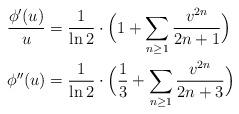
LaTeX: \begin{align*}\frac{\phi'(u)}{u} &= \frac{1}{\ln 2} \cdot \Bigl(1 + \sum_{n \ge 1} \frac{v^{2n}}{2n+1}\Bigr) \\\phi''(u) &= \frac{1}{\ln 2} \cdot \Bigl(\frac{1}{3} + \sum_{n \ge 1} \frac{v^{2n}}{2n+3} \Bigr)\end{align*}